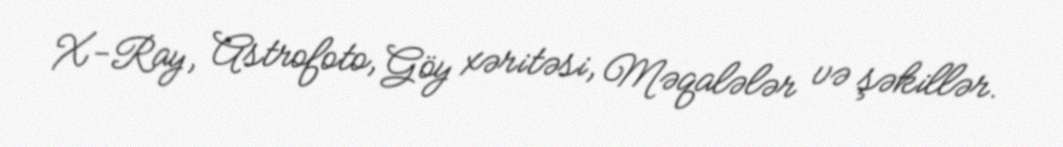
X-Ray, Astrofoto, Göy xəritəsi, Məqalələr və şəkillər.